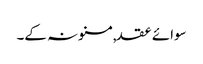
سوائے عقد,مسنونہ کے۔